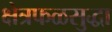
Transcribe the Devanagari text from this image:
क्षेत्रफळसुद्धा